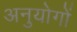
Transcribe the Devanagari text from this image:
अनुयोगों